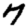
Digit: 7